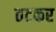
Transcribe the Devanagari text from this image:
तटकर